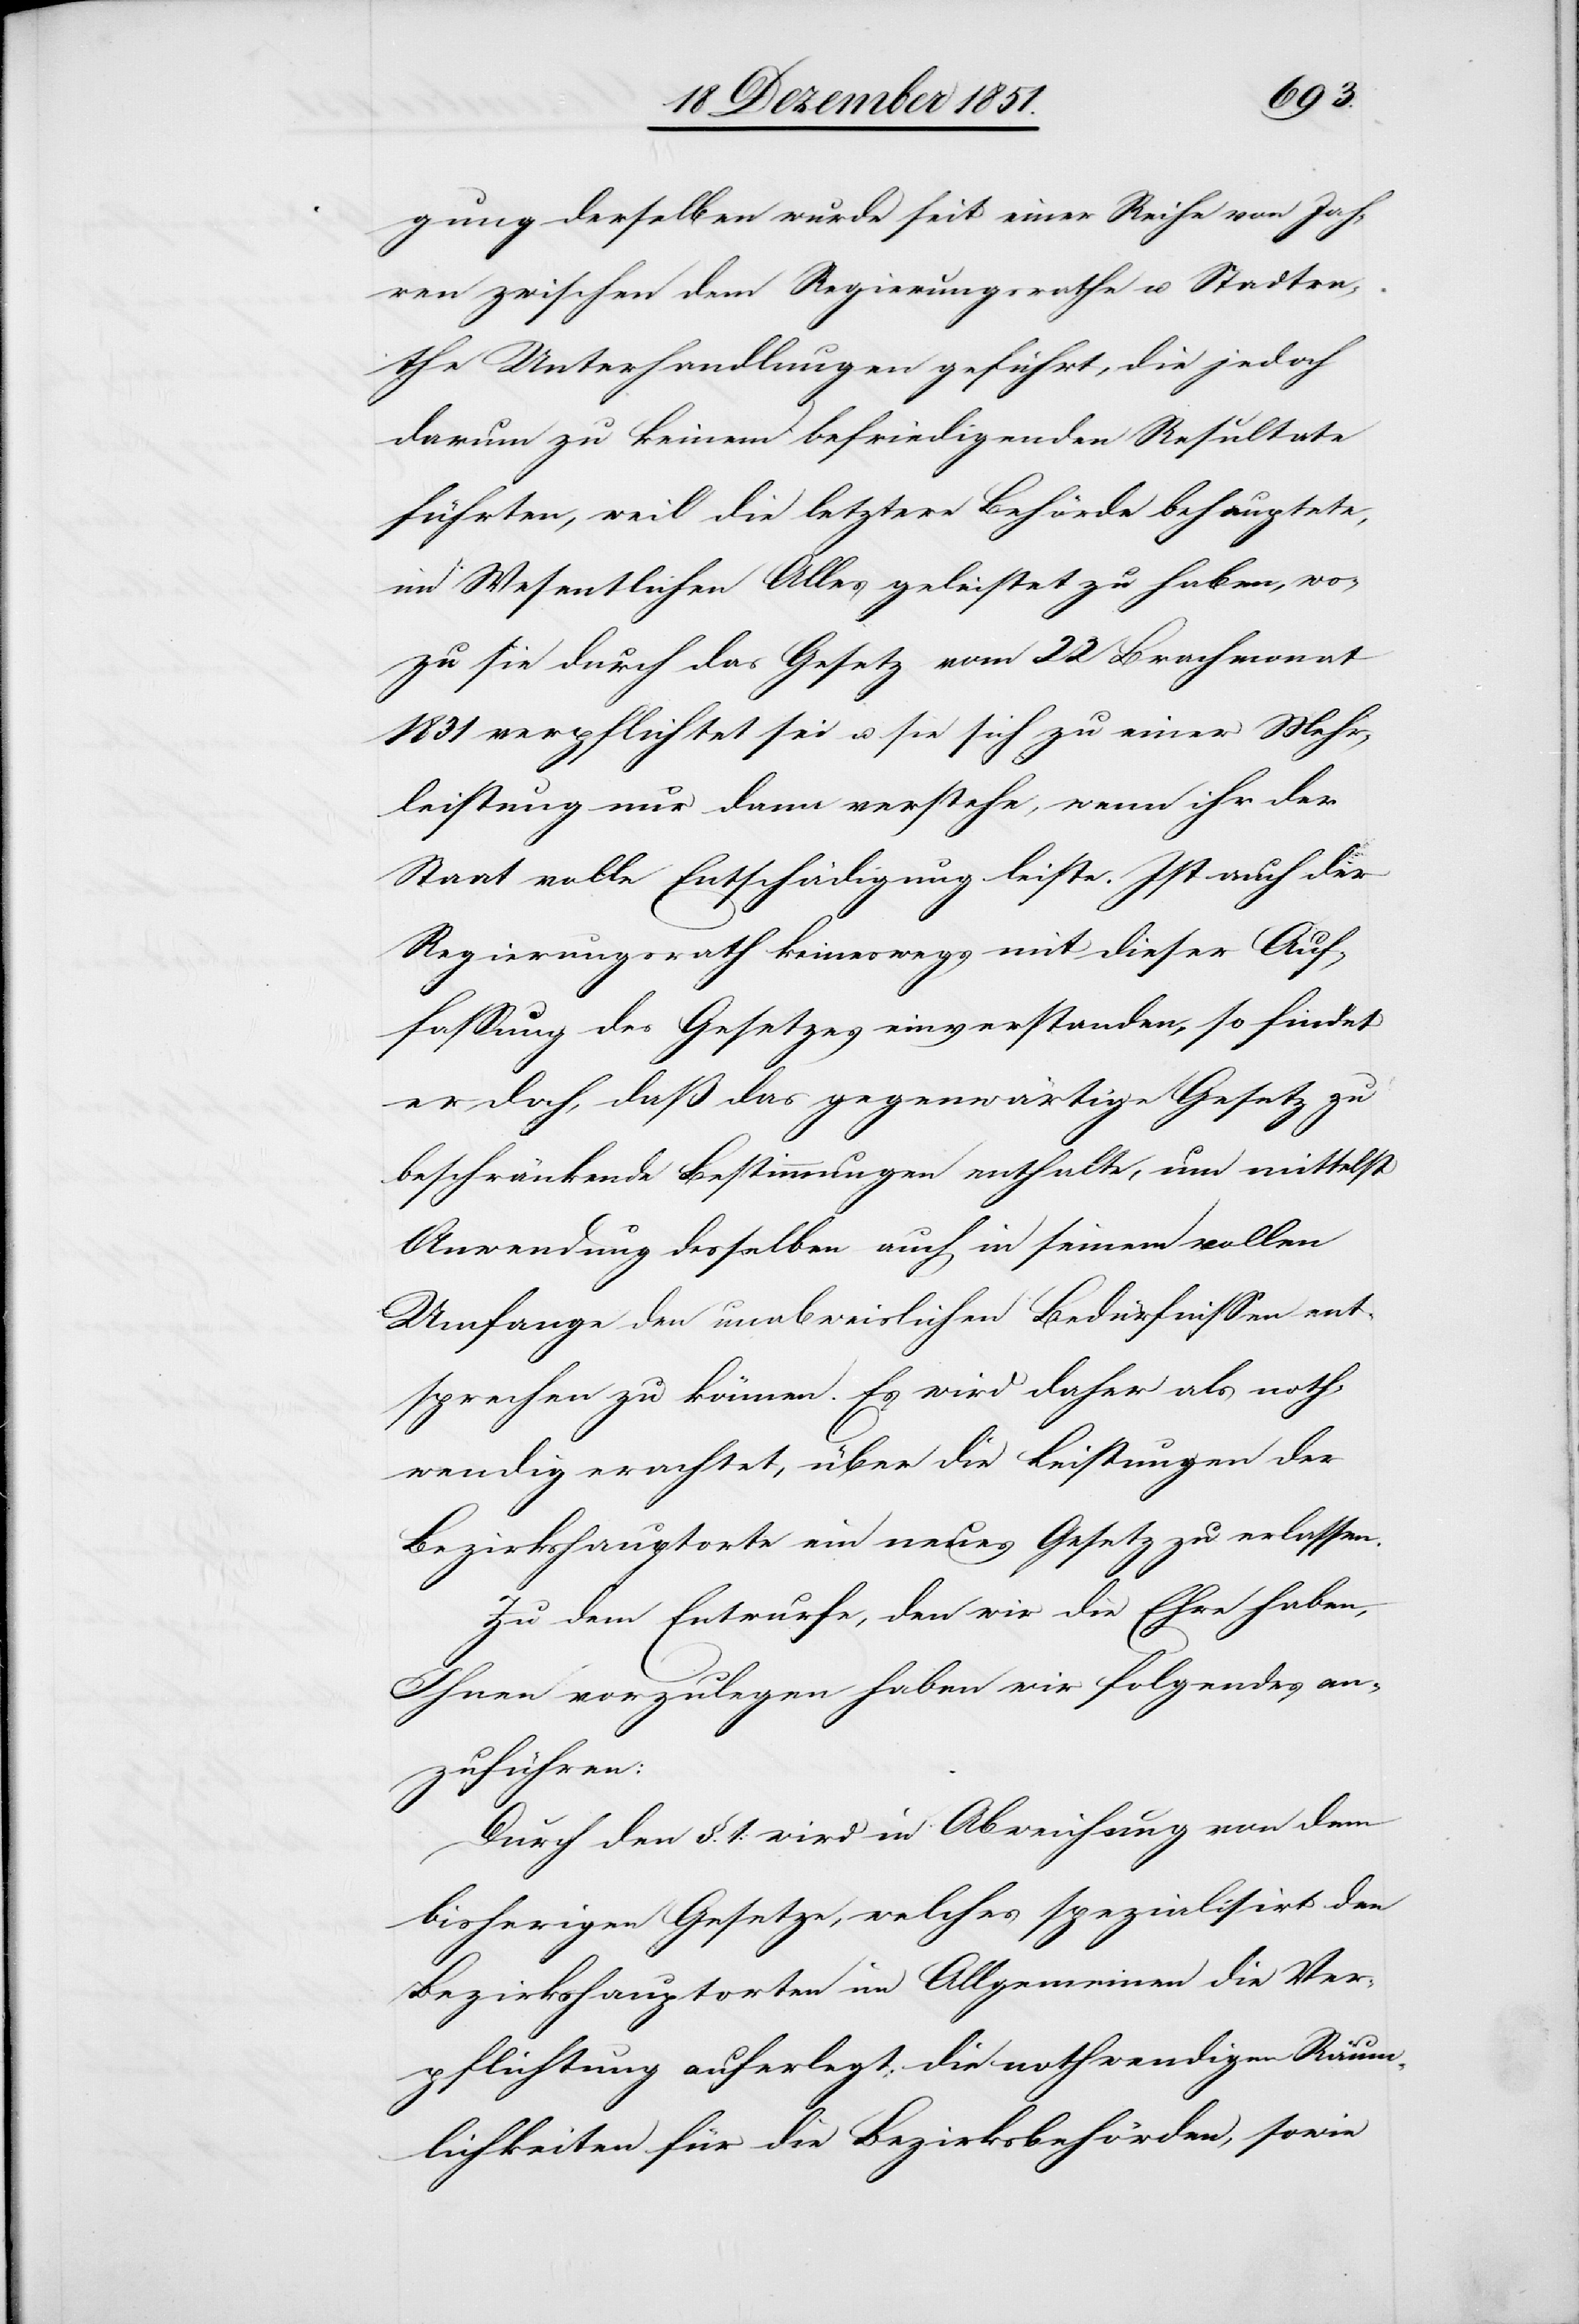
gung derselben wurde[n] seit einer Reihe von Jah¬
ren zwischen dem Regierungsrathe u. Stadtra¬
the Unterhandlungen geführt, die jedoch
darum zu keinem befriedigenden Resultate
führten, weil die letztere Behörde behauptete,
im Wesentlichen Alles geleistet zu haben, wo¬
zu sie durch das Gesetz vom 22 Brachmonat
1831 verpflichtet sei u. sie sich zu einer Mehr¬
leistung nur dann verstehe, wenn ihr der
Staat volle Entschädigung leiste. Ist auch der
Regierungsrath keineswegs mit dieser Auf¬
fassung des Gesetzes einverstanden, so findet
er doch, daß das gegenwärtige Gesetz zu
beschränkende Bestimmungen enthalte, um mittelst
Anwendung desselben auch in seinem vollen
Umfange den unabweislichen Bedürfnissen ent¬
sprechen zu können. Es wird daher als noth¬
wendig erachtet, über die Leistungen der
Bezirkshauptorte ein neues Gesetz zu erlassen.
Zu dem Entwurfe, den wir die Ehre haben,
Ihnen vorzulegen haben wir folgendes an¬
zuführen:
Durch den §. 1. wird in Abweichung von dem
bisherigen Gesetze, welches spezialisirt den
Bezirkshauptorten im Allgemeinen die Ver¬
pflichtung auferlegt, die nothwendigen Räum¬
lichkeiten für die Bezirksbehörden, sowie